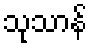
သုသာန်